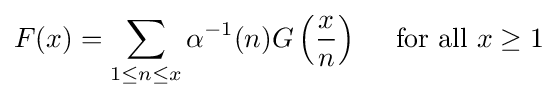
F(x)=\sum _{1\leq n\leq x}\alpha ^{-1}(n)G\left({\frac {x}{n}}\right)\quad {\mbox{ for all }}x\geq 1